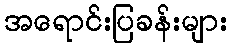
အရောင်းပြခန်းများ